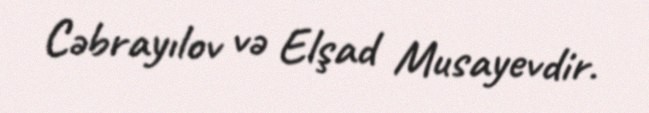
Cəbrayılov və Elşad Musayevdir.